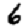
Digit: 6